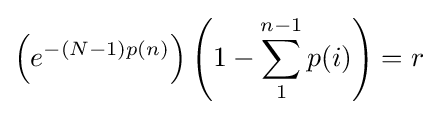
\left(e^{-(N-1)p(n)}\right)\left(1-\sum _{1}^{n-1}p(i)\right)=r